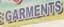
garments